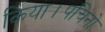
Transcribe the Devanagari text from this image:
किया।पचिनो